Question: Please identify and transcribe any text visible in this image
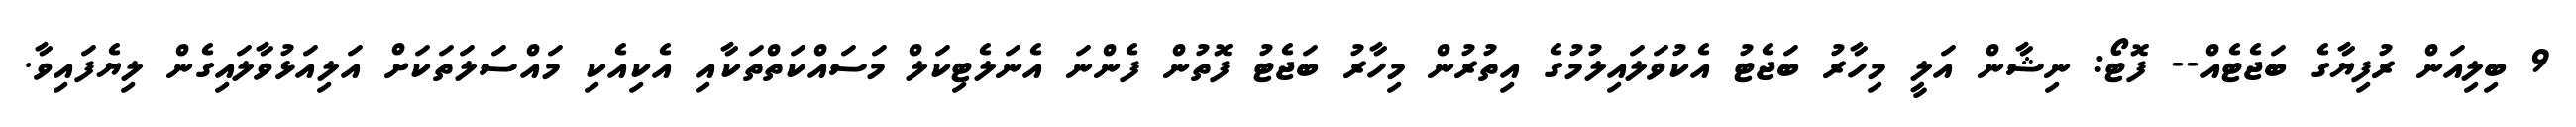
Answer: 9 ބިލިއަން ރުފިޔާގެ ބަޖެޓެއް-- ފޮޓޯ: ނިޝާން އަލީ މިހާރު ބަޖެޓު އެކުވަލައިލުމުގެ އިތުރުން މިހާރު ބަޖެޓު ފޮތުން ފެންނަ އެނަލެޓިކަލް މަސައްކަތްތަކާއި އެކިއެކި މައްސަލަތަކަށް އަލިއަޅުވާލައިގެން ލިޔެފައިވާ.